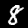
Label: 8